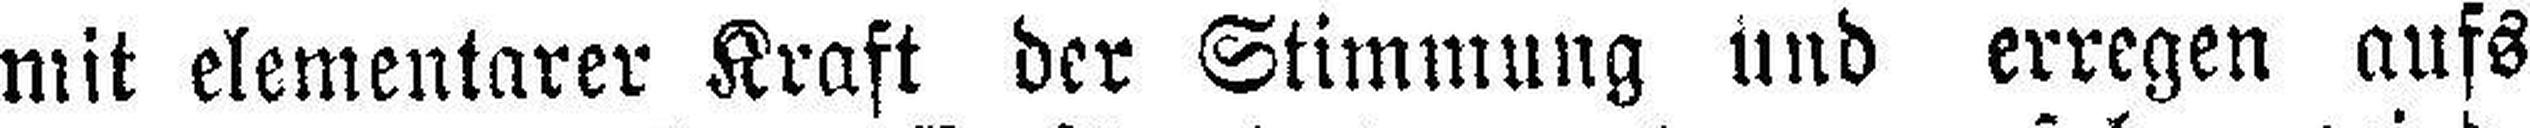
mit elementarer Kraft der Stimmung und erregen aufs